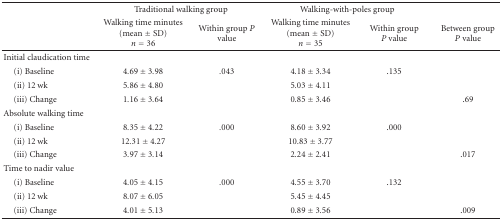
<table><thead><tr><td><b> </b></td><td colspan="2"><b>Traditional walking group</b></td><td colspan="2"><b>Walking-with-poles group</b></td><td><b> </b></td></tr><tr><td><b> </b></td><td><b>Walking time minutes (mean ± SD)<i>n</i> = 36</b></td><td><b>Within group <i>P</i> value</b></td><td><b>Walking time minutes (mean ± SD)<i>n</i> = 35</b></td><td><b>Within group<i>P </i>value</b></td><td><b>Between group<i>P</i> value</b></td></tr></thead><tbody><tr><td>Initial claudication time</td><td> </td><td> </td><td> </td><td> </td><td> </td></tr><tr><td> (i) Baseline</td><td>4.69 ± 3.98</td><td>.043</td><td>4.18 ± 3.34</td><td>.135</td><td> </td></tr><tr><td> (ii) 12 wk</td><td>5.86 ± 4.80</td><td> </td><td>5.03 ± 4.11</td><td> </td><td> </td></tr><tr><td> (iii) Change</td><td>1.16 ± 3.64</td><td> </td><td>0.85 ± 3.46</td><td> </td><td>.69</td></tr><tr><td>Absolute walking time</td><td> </td><td> </td><td> </td><td> </td><td> </td></tr><tr><td> (i) Baseline</td><td>8.35 ± 4.22</td><td>.000</td><td>8.60 ± 3.92</td><td>.000</td><td> </td></tr><tr><td> (ii) 12 wk</td><td>12.31 ± 4.27</td><td> </td><td>10.83 ± 3.77</td><td> </td><td> </td></tr><tr><td> (iii) Change</td><td>3.97 ± 3.14</td><td> </td><td>2.24 ± 2.41</td><td> </td><td>.017</td></tr><tr><td>Time to nadir value</td><td> </td><td> </td><td> </td><td> </td><td> </td></tr><tr><td> (i) Baseline</td><td>4.05 ± 4.15</td><td>.000</td><td>4.55 ± 3.70</td><td>.132</td><td> </td></tr><tr><td> (ii) 12 wk</td><td>8.07 ± 6.05</td><td> </td><td>5.45 ± 4.45</td><td> </td><td> </td></tr><tr><td> (iii) Change</td><td>4.01 ± 5.13</td><td> </td><td>0.89 ± 3.56</td><td> </td><td>.009</td></tr></tbody></table>